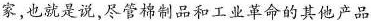
家，也就是说，尽管棉制品和工业革命的其他产品